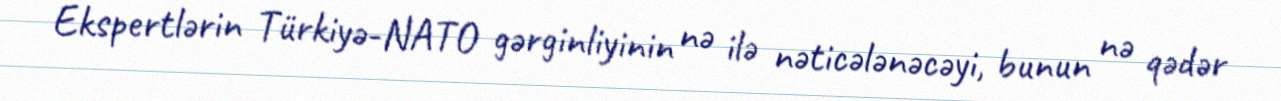
Ekspertlərin Türkiyə-NATO gərginliyinin nə ilə nəticələnəcəyi, bunun nə qədər